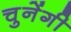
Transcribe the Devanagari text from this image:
चुनेंगी